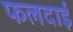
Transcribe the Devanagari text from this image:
फलदाई